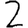
Digit: 2